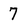
Character: 7